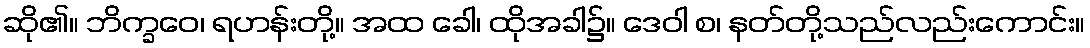
ဆို၏။ ဘိက္ခဝေ၊ ရဟန်းတို့။ အထ ခေါ၊ ထိုအခါ၌။ ဒေဝါ စ၊ နတ်တို့သည်လည်းကောင်း။